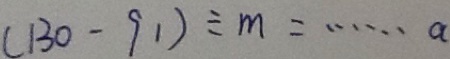
( 1 3 0 - 9 1 ) \div m = \cdots a